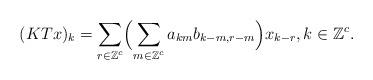
LaTeX: \begin{align*}(KTx)_k=\sum\limits_{r\in\mathbb Z^c}\Bigl(\sum\limits_{m\in\mathbb Z^c} a_{km} b_{k-m,r-m}\Bigr)x_{k-r},k\in\mathbb Z^c.\end{align*}